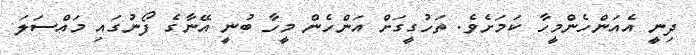
ދިނީ އެއަންހެންމީހާ ކަމަށެވެ. ތަހުގީގަށް އަންހެން މީހާ ބުނީ އޭނާގެ ފޯނުގައި މައްސަލަ